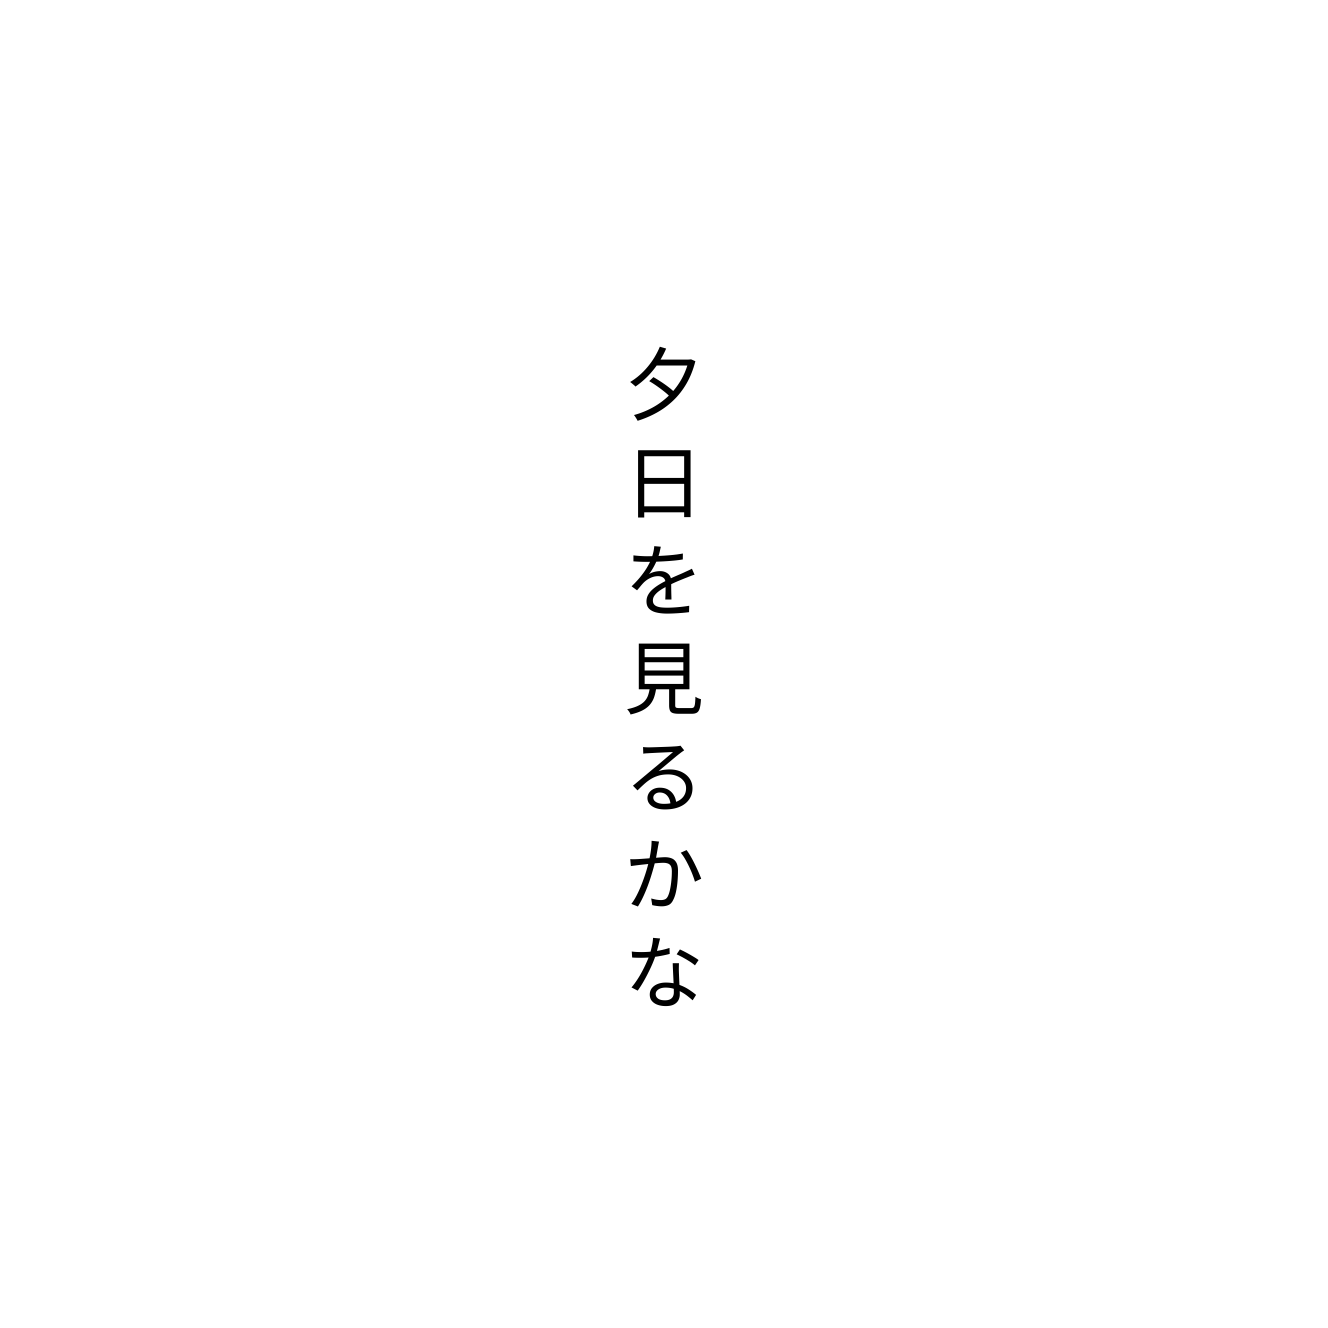
夕日を見るかな